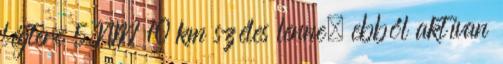
légtere 5 NM 10 km széles lenne, ebből aktívan